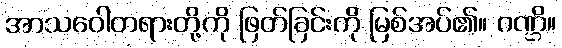
အာသဝေါတရားတို့ကို ဖြတ်ခြင်းကို မြစ်အပ်၏။ ဂဏ္ဌိ။